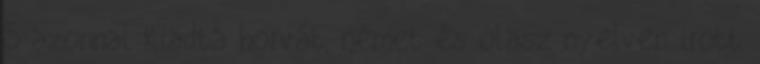
S azonnal kiadta horvát, német és olasz nyelven irott